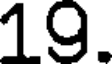
19.